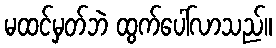
မထင်မှတ်ဘဲ ထွက်ပေါ်လာသည်။